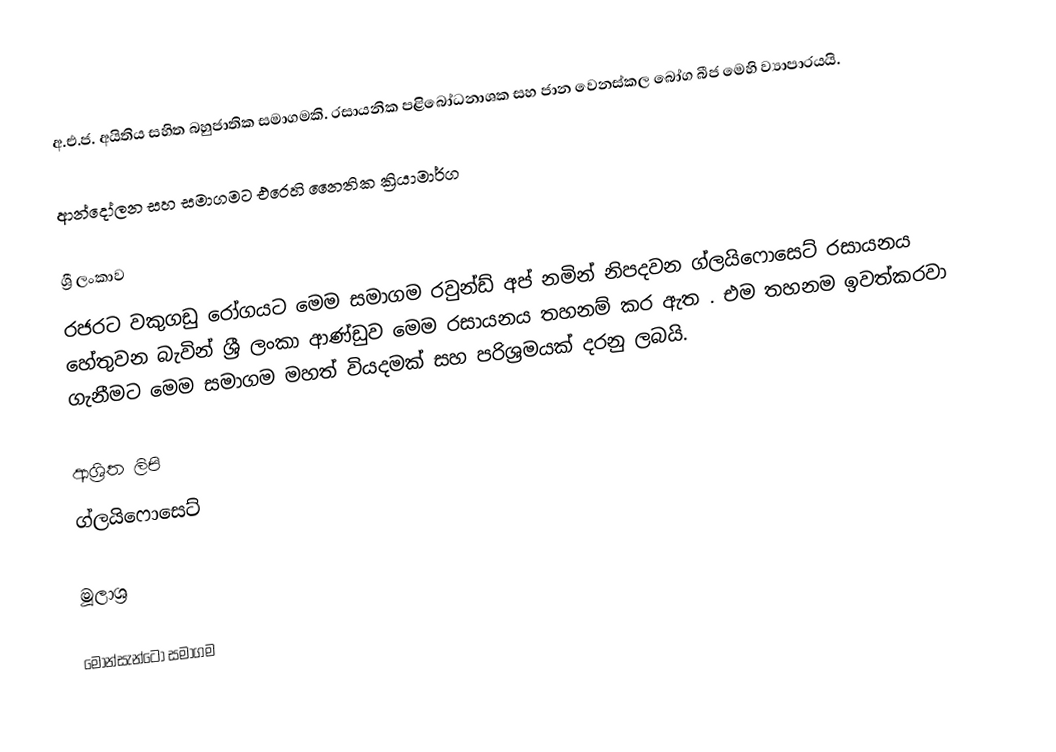
අ.එ.ජ. අයිතිය සහිත බහුජාතික සමාගමකි. රසායනික පළිබෝධනාශක සහ ජාන වෙනස්කල බෝග බීජ මෙහි ව්‍යාපාරයයි.

ආන්දෝලන සහ සමාගමට එරෙහි නෛතික ක්‍රියාමාර්ග

ශ්‍රී ලංකාව
රජරට වකුගඩු රෝගයට මෙම සමාගම රවුන්ඩ් අප් නමින් නිපදවන ග්ලයිෆොසෙට් රසායනය හේතුවන බැවින් ශ්‍රී ලංකා ආණ්ඩුව මෙම රසායනය තහනම් කර ඇත . එම තහනම ඉවත්කරවා ගැනීමට මෙම සමාගම මහත් වියදමක් සහ පරිශ්‍රමයක් දරනු ලබයි.

ආශ්‍රිත ලිපි
 ග්ලයිෆොසෙට්

මූලාශ්‍ර

මොන්සැන්ටෝ සමාගම